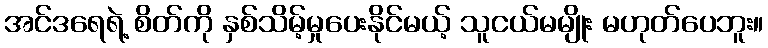
အင်ဒရေရဲ့ စိတ်ကို နှစ်သိမ့်မှုပေးနိုင်မယ့် သူငယ်မမျိုး မဟုတ်ပေဘူး။